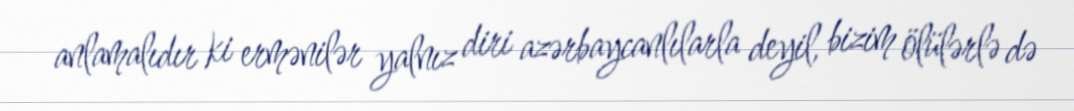
anlamalıdır ki ermənilər yalnız diri azərbaycanlılarla deyil, bizim ölülərlə də